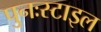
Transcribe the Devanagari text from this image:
पुनःस्टाइल